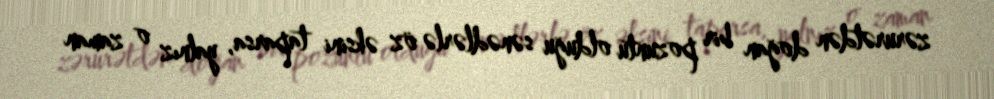
zərurətdən doğan bir pozuntu olduğu sənədlərlə öz əksini taparsa, yalnız o zaman